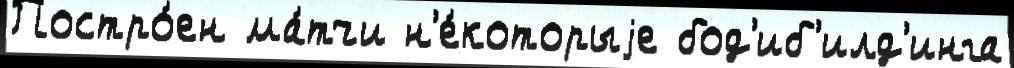
Постро́ен ма́тчи н'е́которыjе бод'иб'илд'инга